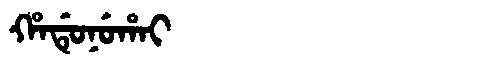
Manchu: ᡥᠠᡩᡠᠨᡠᡥᠠᡳ
Romanization: HADUNUHAI